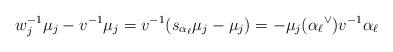
LaTeX: \begin{align*}w_j^{-1}\mu_j-v^{-1}\mu_j=v^{-1}(s_{\alpha_{\ell}}\mu_j-\mu_j) =-\mu_j({\alpha_{\ell}}^{\vee})v^{-1}\alpha_{\ell}\end{align*}